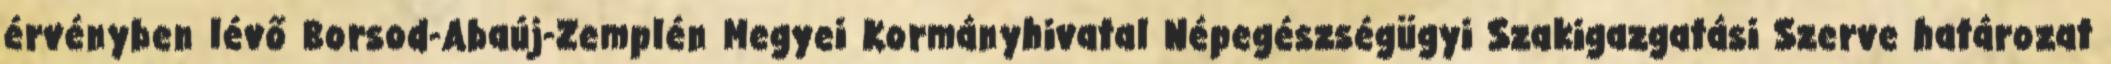
érvényben lévő Borsod-Abaúj-Zemplén Megyei Kormányhivatal Népegészségügyi Szakigazgatási Szerve határozat